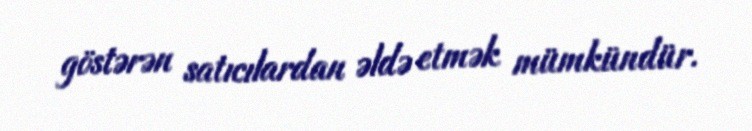
göstərən satıcılardan əldə etmək mümkündür.